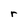
Character: r